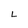
Character: L